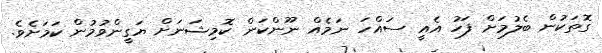
ގޮތަކުން ބެލުމަށް ފަހު އެއީ ސައްހަ ނަމެއް ނޫންކަން ކޮމިޝަނަށް ޔަގީންވުމުން ކަމަށެވެ.